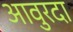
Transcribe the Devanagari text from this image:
आवुरदा